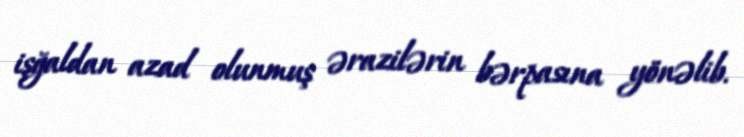
işğaldan azad olunmuş ərazilərin bərpasına yönəlib.